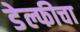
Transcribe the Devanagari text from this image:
डेल्फीचा